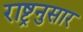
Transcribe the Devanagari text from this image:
राष्ट्रनुसार